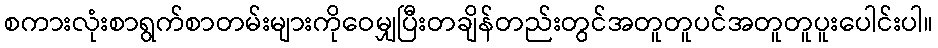
စကားလုံးစာရွက်စာတမ်းများကိုဝေမျှပြီးတချိန်တည်းတွင်အတူတူပင်အတူတူပူးပေါင်းပါ။